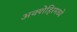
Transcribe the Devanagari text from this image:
अक्शेहिरमध्ये